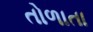
તોળાતા